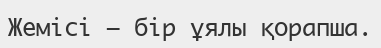
Жемісі – бір ұялы қорапша.